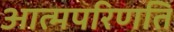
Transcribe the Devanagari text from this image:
आत्मपरिणति